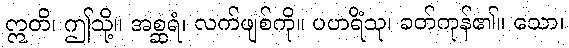
ဣတိ၊ ဤသို့။ အစ္ဆရံ၊ လက်ဖျစ်ကို။ ပဟရိံသု၊ ခတ်ကုန်၏။ သော၊